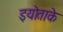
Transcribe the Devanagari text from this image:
इयोताके